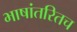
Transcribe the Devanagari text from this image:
भाषांतरितच